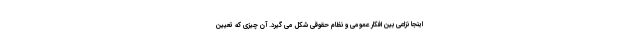
اینجا نزاعی بین افکار عمومی و نظام حقوقی شکل می گیرد. آن چیزی که تعیین